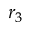
r _ { 3 }